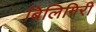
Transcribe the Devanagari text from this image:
बिलिगिरी